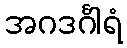
အဂဒင်္ဂါရံ